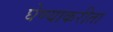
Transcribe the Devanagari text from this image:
घेण्याकरीता